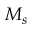
M _ { s }